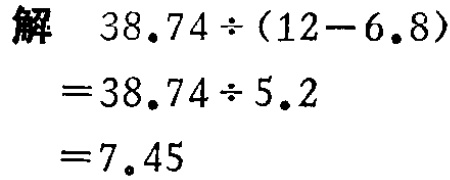
解
\[
\begin{align*}
&38.74\div(12 - 6.8)\\
=&38.74\div5.2\\
=&7.45
\end{align*}
\]